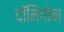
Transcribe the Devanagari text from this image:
दॉमिंगोचा